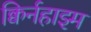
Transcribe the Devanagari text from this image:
क्विर्नहाइम